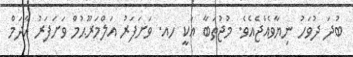
ބުދަ ދުވަހު ނިޔާވެއްޖެއެވެ. މުޖުތަބާ އަކީ ހއ. ވަށަފަރު އަލްމަރޫޙުމް ވަށަފަރު އާދަމް